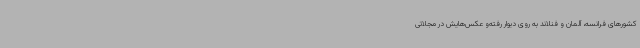
کشورهای فرانسه، آلمان و فنلاند به روی دیوار رفته‌و عکس‌هایش در مجلاتی